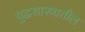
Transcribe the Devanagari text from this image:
युद्धशास्त्रातील